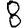
Digit: 8